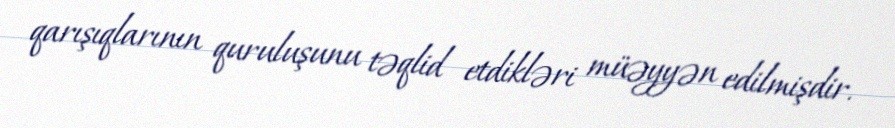
qarışıqlarının quruluşunu təqlid etdikləri müəyyən edilmişdir.